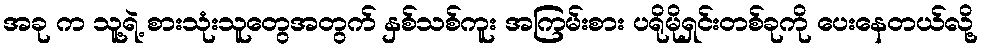
အခု က သူ့ရဲ့ စားသုံးသူတွေအတွက် နှစ်သစ်ကူး အကြမ်းစား ပရိုမိုရှင်းတစ်ခုကို ပေးနေတယ်လို့